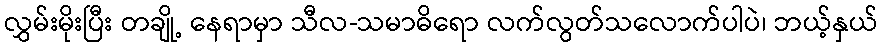
လွှမ်းမိုးပြီး တချို့ နေရာမှာ သီလ-သမာဓိရော လက်လွတ်သလောက်ပါပဲ၊ ဘယ့်နှယ်